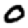
Digit: 0